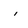
Character: i